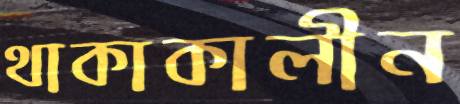
থাকাকালীন